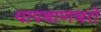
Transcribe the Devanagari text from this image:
चापबाणधरो